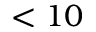
< 1 0